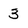
Character: 3